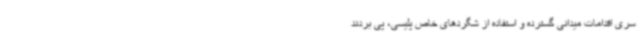
سری اقدامات میدانی گسترده و استفاده از شگردهای خاص پلیسی، پی بردند